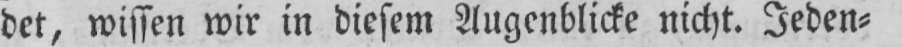
det, wissen wir in diesem Augenblicke nicht. Jeden⸗